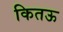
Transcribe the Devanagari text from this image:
कितऊ